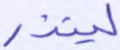
لينذر